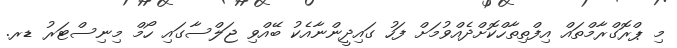
މި ޕްރޮގްރާމްތައް އިފްތިތާހްކޮށްދެއްވުމަށް ފަހު ގައިދީންނާއެކު ބޭއްވި ޖަލްސާގައި ހޯމް މިނިސްޓަރު ޑރ.